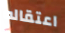
اعتقاله